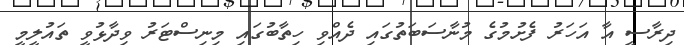
ދިރާސީ އާ އަހަރު ފެށުމުގެ މުނާސަބަތުގައި ދެއްވި ހިތާބުގައި މިނިސްޓަރު ވިދާޅުވީ ތައުލީމީ